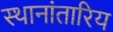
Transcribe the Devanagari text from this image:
स्थानांतारिय